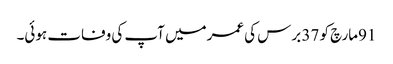
91مارچ کو 37 برس کی عمرمیں آپ کی وفات ہوئی۔